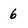
Character: 6